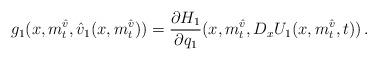
LaTeX: \begin{align*}g_{1}(x,m^{\hat v}_t,\hat{v}_{1}(x,m^{\hat v}_t))=\dfrac{\partial H_{1}}{\partial q_{1}}(x,m^{\hat v}_t,D_{x}U_{1}(x,m^{\hat v}_t,t)) \, .\end{align*}